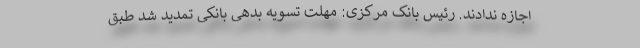
اجازه ندادند. رئیس بانک مرکزی: مهلت تسویه بدهی بانکی تمدید شد طبق